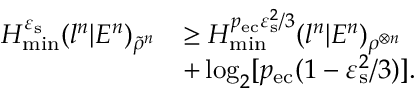
\begin{array} { r l } { H _ { \mathrm { m i n } } ^ { \varepsilon _ { \mathrm { s } } } ( l ^ { n } | E ^ { n } ) _ { \tilde { \rho } ^ { n } } } & { \geq H _ { \mathrm { m i n } } ^ { p _ { \mathrm { e c } } \varepsilon _ { \mathrm { s } } ^ { 2 } / 3 } ( l ^ { n } | E ^ { n } ) _ { \rho ^ { \otimes n } } } \\ & { + \log _ { 2 } [ p _ { \mathrm { e c } } ( 1 - \varepsilon _ { \mathrm { s } } ^ { 2 } / 3 ) ] . } \end{array}